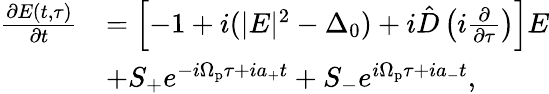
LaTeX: \begin{array}{rl}{\frac{\partial E(t,\tau)}{\partial t}}&{=\left[-1+i(|E|^{2}-\Delta_{0})+i\hat{D}\left(i\frac{\partial}{\partial\tau}\right)\right]E}\\ &{+S_{+}e^{-i\Omega_{\mathrm{p}}\tau+ia_{+}t}+S_{-}e^{i\Omega_{\mathrm{p}}\tau+ia_{-}t},}\end{array}